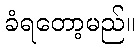
ခံရတော့မည်။